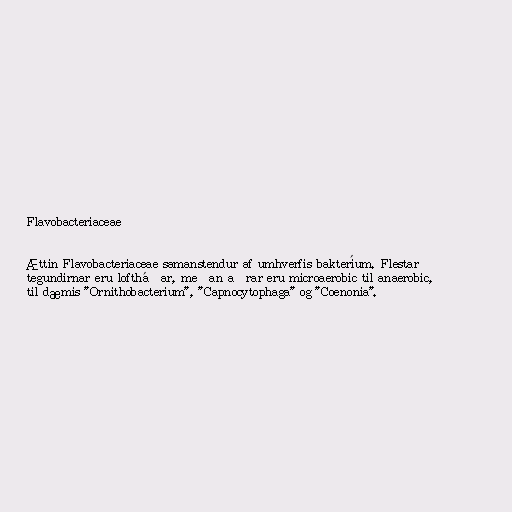
Flavobacteriaceae

Ættin Flavobacteriaceae samanstendur af umhverfis bakteríum. Flestar
tegundirnar eru loftháðar, meðan aðrar eru microaerobic til anaerobic,
til dæmis "Ornithobacterium", "Capnocytophaga" og "Coenonia".